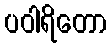
ပဝါရိတော